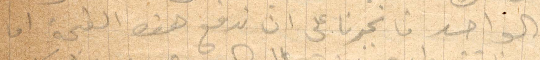
الواحد فانجبرنا على ان ندفع هذه القحبة اما